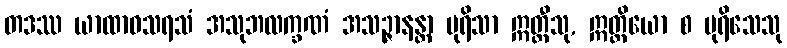
တဒဿ ယာထာဝသရသံ အသုဘလက္ခဏံ အသဉ္ဇာနန္တာ ပုရိသာ ဣတ္ထီသု, ဣတ္ထိယော စ ပုရိသေသု